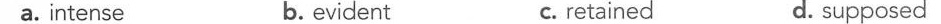
a. intense b.evident c. retained d. supposed